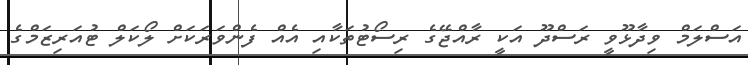
އަސްލަމް ވިދާޅޫވީ ރަސްދޫ އަކީ ރާއްޖޭގެ ރިސޯޓުތަކާއި އެއް ފެންވަރަކަށް ލޯކަލް ޓުއަރިޒަމްގެ